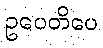
ဥပေတိပေ